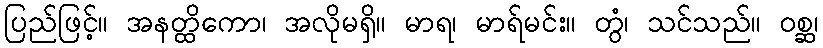
ပြည်ဖြင့်။ အနတ္ထိကော၊ အလိုမရှိ။ မာရ၊ မာရ်မင်း။ တွံ၊ သင်သည်။ ဝစ္ဆ၊